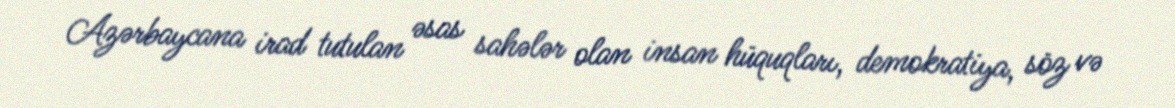
Azərbaycana irad tutulan əsas sahələr olan insan hüquqları, demokratiya, söz və